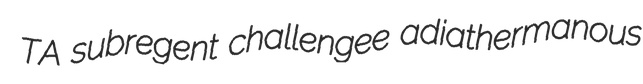
TA subregent challengee adiathermanous